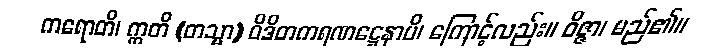
ကရောတိ၊ ဣတိ (တသ္မာ) ဝိဒိတကရဏဋ္ဌေနာပိ၊ ကြောင့်လည်း။ ဝိဇ္ဇာ၊ မည်၏။